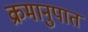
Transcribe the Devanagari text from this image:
क्रमानुपात